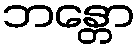
ဘန္တော